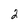
Character: 2